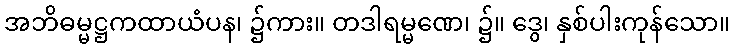
အဘိဓမ္မဋ္ဌကထာယံပန၊ ၌ကား။ တဒါရမ္မဏေ၊ ၌။ ဒွေ၊ နှစ်ပါးကုန်သော။